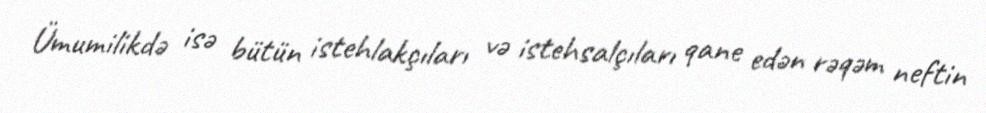
Ümumilikdə isə bütün istehlakçıları və istehsalçıları qane edən rəqəm neftin